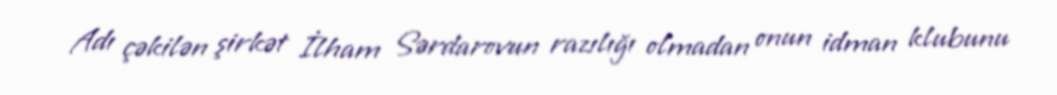
Adı çəkilən şirkət İlham Sərdarovun razılığı olmadan onun idman klubunu